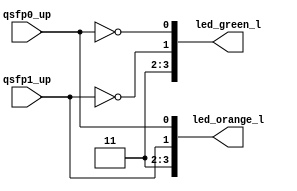
module status_leds
(
    input qsfp0_up, qsfp1_up,

    output[3:0] led_green_l, led_orange_l
);

assign led_orange_l = { 1'b1, 1'b1,  qsfp1_up,  qsfp0_up};
assign led_green_l  = { 1'b1, 1'b1, ~qsfp1_up, ~qsfp0_up};

endmodule